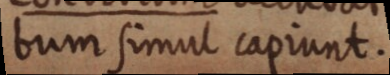
bum simul capiunt.